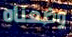
وضعناه